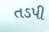
તડપી